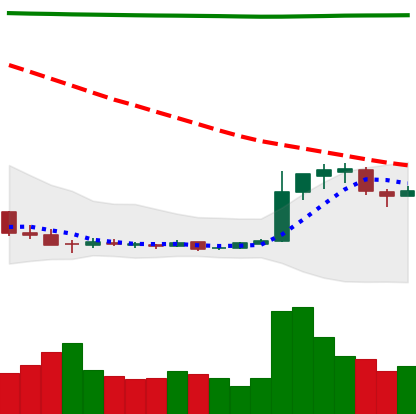
Ticker: DOGE-USD
Chart end date: 2018-12-23
Forward return: -4.249%
Label: down_3_5